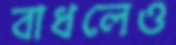
বাধলেও